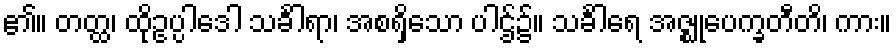
၏။ တတ္ထ၊ ထိုဥပ္ပါဒေါ သင်္ခါရာ၊ အစရှိသော ပါဌ်၌။ သင်္ခါရေ အဇ္ဈုပေက္ခတီတိ၊ ကား။